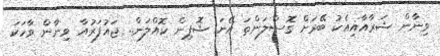
ވިނާން ޝަރާއާއިއެކު ބޭރަށް ގޮސްލަންތަ އޭނަ ޝޮޕިން ކޮއްލަން.. ޖައުފަރުއާ ވިނާން ވާހަކަ